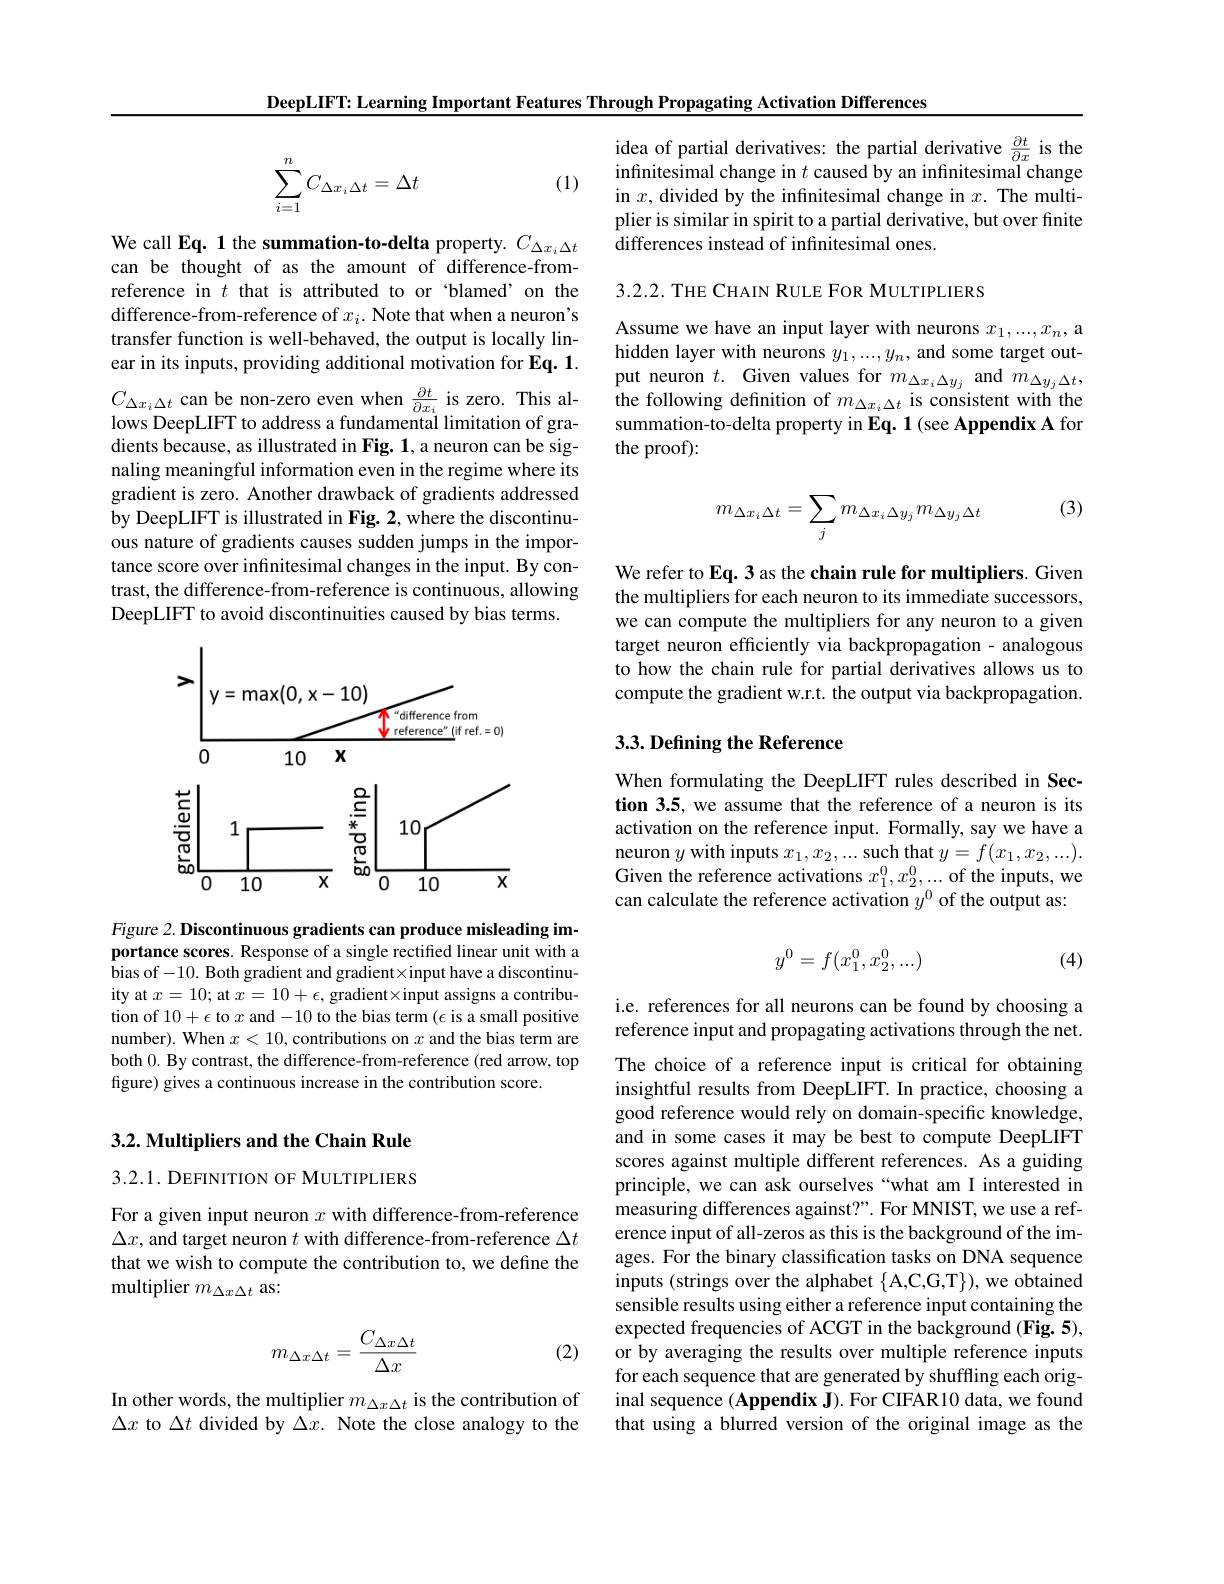
DeepLIFT: Learning Important Features Through Propagating Activation Differences

(1)
$$\begin{aligned}\sum_{i=1}^nC_{\Delta x_i\Delta t}=\Delta t\end{aligned}$$
We call Eq. 1 the summation-to-delta property. $C_{\Delta x_i\Delta t}$ can be thought of as the amount of difference-fromreference in $t$ that is attributed to or ‘blamed’on the difference-from-reference of $x_i.$ Note that when a neuron's transfer function is well-behaved, the output is locally linear in its inputs, providing additional motivation for Eq. 1. $C_{\Delta x_i\Delta t}$ can be non-zero even when $\frac{\partial t}{\partial x_i}$ is zero. This allows DeepLIFT to address a fundamental limitation of gradients because, as illustrated in Fig. 1, a neuron can be signaling meaningful information even in the regime where its gradient is zero. Another drawback of gradients addressed by DeepLIFT is illustrated in Fig. 2, where the discontinuous nature of gradients causes sudden jumps in the importance score over infinitesimal changes in the input. By contrast, the difference-from-reference is continuous, allowing DeepLIFT to avoid discontinuities caused by bias terms.

<FigureHere>

Figure 2. Discontinuous gradients can produce misleading importance scores. Response of a single rectified linear unit with a bias of -10. Both gradient and gradient×input have a discontinuity at $x=10;$ at $x=10+\epsilon$, gradient× input assigns a contribution of $10+\epsilon$ to $x$ and-10 to the bias term $(\epsilon$ is a small positive number). When $x<10$,contributions on $x$ and the bias term are both 0. By contrast, the difference-from-reference (red arrow, top figure) gives a continuous increase in the contribution score.

## 3.2. Multipliers and the Chain Rule

3.2.1. DEFINITION OF MULTIPLIERS

For a given input neuron $x$ with difference-from-reference $\Delta x$, and target neuron $t$ with difference-from-reference $\Delta t$ that we wish to compute the contribution to, we define the multiplier $m_{\Delta x\Delta t}$ as:
$$m_{\Delta x\Delta t}=\frac{C_{\Delta x\Delta t}}{\Delta x}$$
(2)

In other words, the multiplier $m_{\Delta x\Delta t}$ is the contribution of $\Delta x$ to $\Delta t$ divided by $\Delta x.$ Note the close analogy to the

idea of partial derivatives: the partial derivative $\frac{\partial t}{\partial x}$ is the infinitesimal change in $t$ caused by an infinitesimal change in $x$, divided by the infnitesimal change in $x.$ The multiplier is similar in spirit to a partial derivative, but over finite differences instead of infinitesimal ones.

3.2.2. THE CHAIN RULE FOR MULTIPLIERS

Assume we have an input layer with neurons $x_1,...,x_n$, a hidden layer with neurons $y_1,...,y_n$, and some target output neuron $t.$ Given values for $m_{\Delta x_i\Delta y_j}$ and $m_{\Delta y_j\Delta t}$, the following definition of $m_{\Delta x_i\Delta t}$ is consistent with the summation-to-delta property in Eq. 1(see Appendix A for the proof):

(3)
$$m_{\Delta x_i\Delta t}=\sum_jm_{\Delta x_i\Delta y_j}m_{\Delta y_j\Delta t}$$
We refer to Eq. 3 as the chain rule for multipliers. Given the multipliers for each neuron to its immediate successors, we can compute the multipliers for any neuron to a given target neuron efficiently via backpropagation - analogous to how the chain rule for partial derivatives allows us to compute the gradient w.r.t. the output via backpropagation

## 3.3. Defining the Reference

When formulating the DeepLIFT rules described in Section 3.5, we assume that the reference of a neuron is its activation on the reference input. Formally, say we have a neuron $y$ with inputs $x_1,x_2,...$ such that $y=f(x_1,x_2,...).$ Given the reference activations $x_1^0,x_2^0,...$ of the inputs, we can calculate the reference activation $y^{0}$ of the output as:
$$y^0=f(x_1^0,x_2^0,...)$$
(4)

i.e. references for all neurons can be found by choosing a reference input and propagating activations through the net. The choice of a reference input is critical for obtaining insightful results from DeepLIFT. In practice, choosing a good reference would rely on domain-specific knowledge, and in some cases it may be best to compute DeepLIFT scores against multiple different references. As a guiding principle, we can ask ourselves“what am I interested in measuring differences against?". For MNIST, we use a reference input of all-zeros as this is the background of the images. For the binary classification tasks on DNA sequence inputs (strings over the alphabet {A,C,G,T}), we obtained sensible results using either a reference input containing the expected frequencies of ACGT in the background (Fig. 5), or by averaging the results over multiple reference inputs for each sequence that are generated by shuffling each original sequence (Appendix J). For CIFAR10 data, we found that using a blurred version of the original image as the